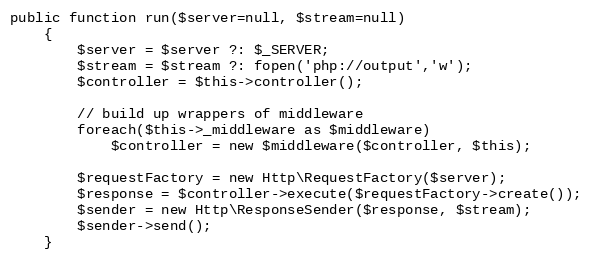
Language: PHP
public function run($server=null, $stream=null)
	{
		$server = $server ?: $_SERVER;
		$stream = $stream ?: fopen('php://output','w');
		$controller = $this->controller();

		// build up wrappers of middleware
		foreach($this->_middleware as $middleware)
			$controller = new $middleware($controller, $this);

		$requestFactory = new Http\RequestFactory($server);
		$response = $controller->execute($requestFactory->create());
		$sender = new Http\ResponseSender($response, $stream);
		$sender->send();
	}